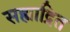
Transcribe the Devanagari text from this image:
सह्याद्रित